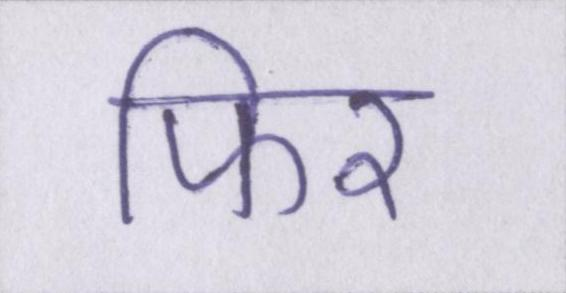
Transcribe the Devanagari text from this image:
फिर